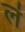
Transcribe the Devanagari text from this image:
ल॑